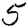
Digit: 5